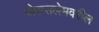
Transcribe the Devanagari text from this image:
जेरुसलेमवरील